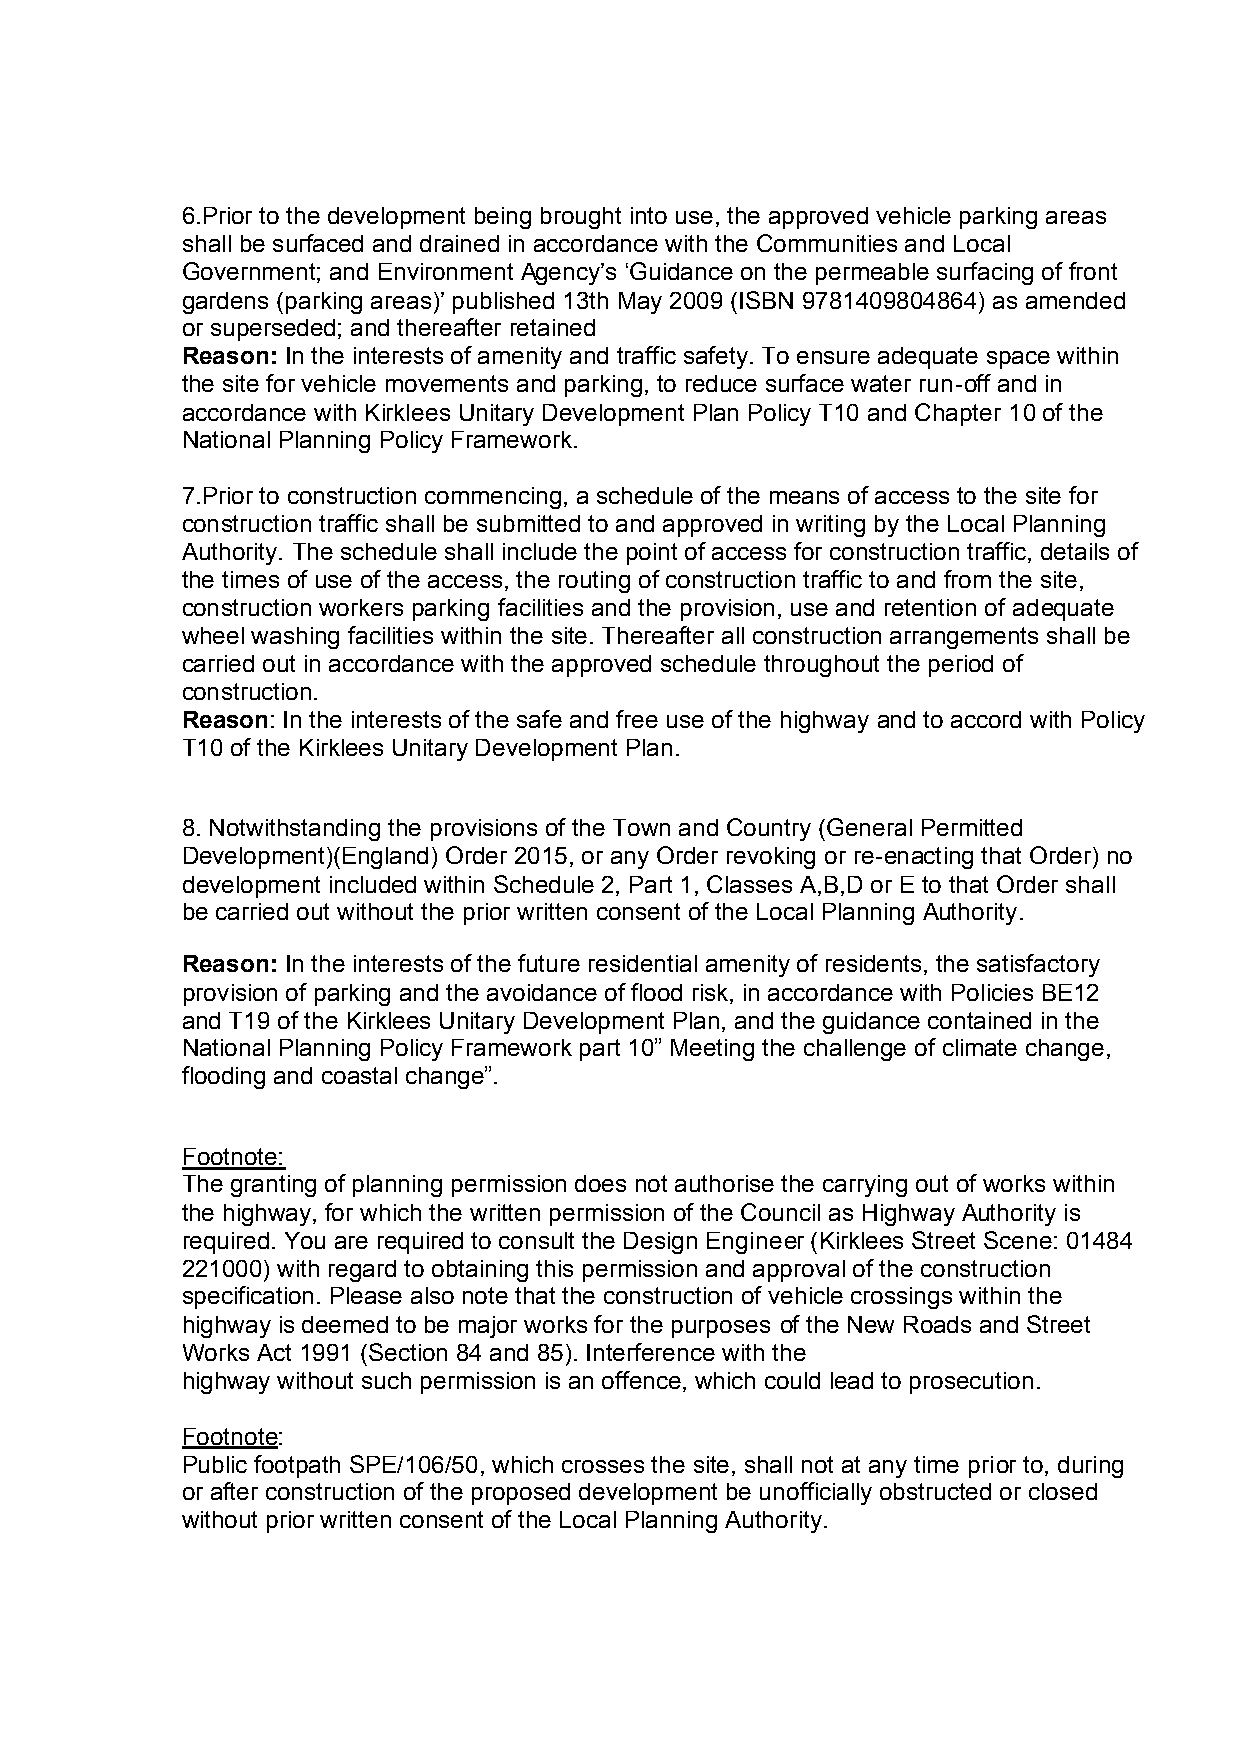
6.Prior to the development being brought into use, the approved vehicle parking areas
 shall be surfaced and drained in accordance with the Communities and Local
 Government; and Environment Agency’s ‘Guidance on the permeable surfacing of front
 gardens (parking areas)’ published 13th May 2009 (ISBN 9781409804864) as amended
 or superseded; and thereafter retained
 Reason: In the interests of amenity and traffic safety. To ensure adequate space within
 the site for vehicle movements and parking, to reduce surface water run-off and in
 accordance with Kirklees Unitary Development Plan Policy T10 and Chapter 10 of the
 National Planning Policy Framework.
 7.Prior to construction commencing, a schedule of the means of access to the site for
 construction traffic shall be submitted to and approved in writing by the Local Planning
 Authority. The schedule shall include the point of access for construction traffic, details of
 the times of use of the access, the routing of construction traffic to and from the site,
 construction workers parking facilities and the provision, use and retention of adequate
 wheel washing facilities within the site. Thereafter all construction arrangements shall be
 carried out in accordance with the approved schedule throughout the period of
 construction.
 Reason: In the interests of the safe and free use of the highway and to accord with Policy
 T10 of the Kirklees Unitary Development Plan.
 8. Notwithstanding the provisions of the Town and Country (General Permitted
 Development)(England) Order 2015, or any Order revoking or re-enacting that Order) no
 development included within Schedule 2, Part 1, Classes A,B,D or E to that Order shall
 be carried out without the prior written consent of the Local Planning Authority.
 Reason: In the interests of the future residential amenity of residents, the satisfactory
 provision of parking and the avoidance of flood risk, in accordance with Policies BE12
 and T19 of the Kirklees Unitary Development Plan, and the guidance contained in the
 National Planning Policy Framework part 10” Meeting the challenge of climate change,
 flooding and coastal change”.
 Footnote:
 The granting of planning permission does not authorise the carrying out of works within
 the highway, for which the written permission of the Council as Highway Authority is
 required. You are required to consult the Design Engineer (Kirklees Street Scene: 01484
 221000) with regard to obtaining this permission and approval of the construction
 specification. Please also note that the construction of vehicle crossings within the
 highway is deemed to be major works for the purposes of the New Roads and Street
 Works Act 1991 (Section 84 and 85). Interference with the
 highway without such permission is an offence, which could lead to prosecution.
 Footnote:
 Public footpath SPE/106/50, which crosses the site, shall not at any time prior to, during
 or after construction of the proposed development be unofficially obstructed or closed
 without prior written consent of the Local Planning Authority.